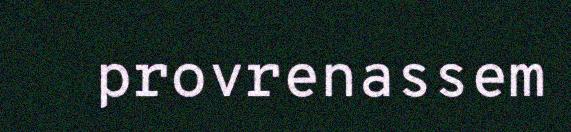
provrenassem